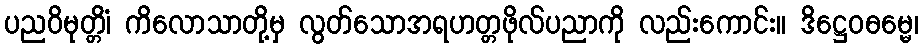
ပညဝိမုတ္တိံ၊ ကိလောသာတို့မှ လွတ်သောအရဟတ္တဖိုလ်ပညာကို လည်းကောင်း။ ဒိဋ္ဌေဝဓမ္မေ၊